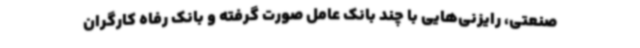
صنعتی، رایزنی‌هایی با چند بانک عامل صورت گرفته و بانک رفاه کارگران